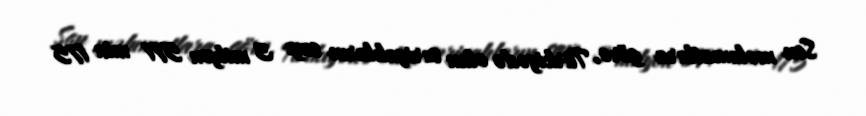
Son məlumatlara görə, Türkiyədə olan suriyalıların sayı 3 milyon 571 min 175